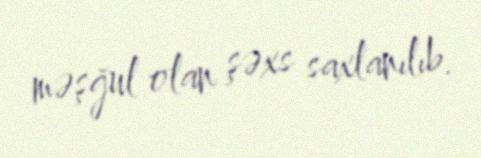
məşğul olan şəxs saxlanılıb.